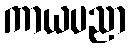
ကာယပညာ